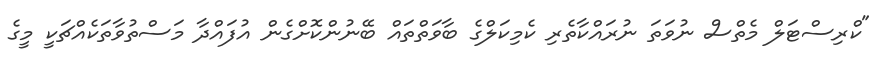
"ކްރިސްޓަލް މެތްސް ނުވަތަ ނުރައްކާތެރި ކެމިކަލްގެ ބާވަތްތައް ބޭނުންކޮށްގެން އުފައްދާ މަސްތުވާތަކެއްޗަކީ މީގެ